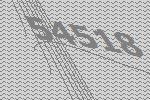
54518